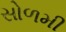
સોળમી